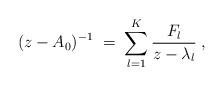
LaTeX: \begin{align*}(z-A_0)^{-1} \;=\; \sum_{l=1}^K \frac{F_l}{z-\lambda_l}\;, \end{align*}